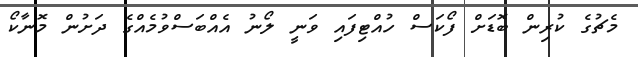
މެޗުގެ ކުރިން ބޮޑަށް ފޯކަސް ހުއްޓިފައި ވަނީ ލޯނު އެއްބަސްވުމެއްގެ ދަށުން މޮނާކޯ